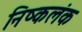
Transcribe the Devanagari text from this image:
निष्‍कलंक